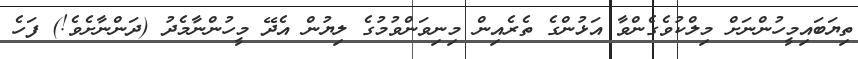
ތިޔަބައިމީހުންނަށް މިލްކުވެގެންވާ އަޅުންގެ ތެރެއިން މިނިވަންވުމުގެ ލިޔުން އެދޭ މީހުންނާމެދު (ދަންނާށެވެ!) ފަހެ